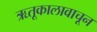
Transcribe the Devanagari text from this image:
ऋतूकालावाचून